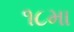
૧૮મા